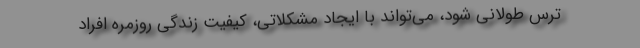
ترس طولانی شود، می‌تواند با ایجاد مشکلاتی، کیفیت زندگی روزمره افراد